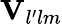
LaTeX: \textbf{V}_{l^{\prime}lm}